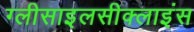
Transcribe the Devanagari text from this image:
ग्लीसाइलसीक्लाइंस